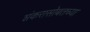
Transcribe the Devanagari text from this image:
शंकरासोबतच्या